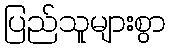
ပြည်သူများစွာ